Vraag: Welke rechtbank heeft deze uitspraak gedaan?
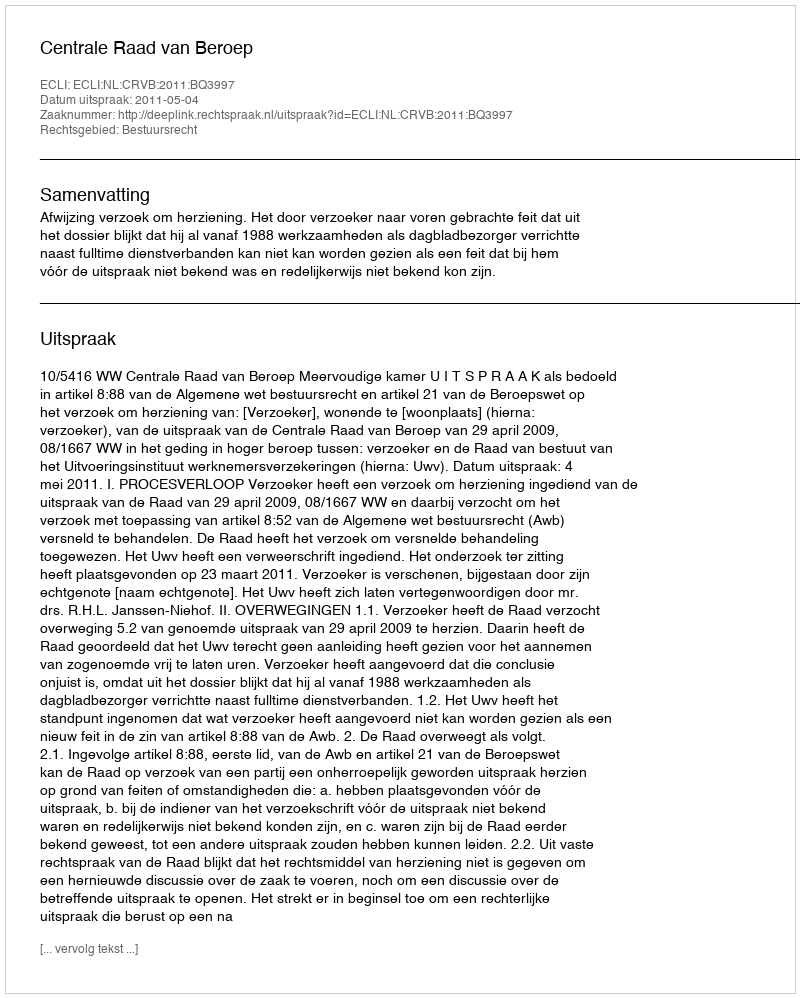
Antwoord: Centrale Raad van Beroep